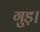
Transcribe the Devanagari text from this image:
गुड़।